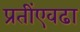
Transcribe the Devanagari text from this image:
प्रतींएवढा